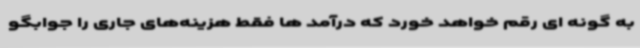
به گونه ای رقم خواهد خورد که درآمد ها فقط هزینه‌های جاری را جوابگو